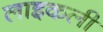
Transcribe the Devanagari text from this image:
लाइकली